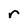
Character: r